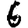
Digit: 6